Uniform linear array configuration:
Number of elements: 24
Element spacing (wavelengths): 1
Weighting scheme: blackman
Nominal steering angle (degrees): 0
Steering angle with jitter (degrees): -1.882
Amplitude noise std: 0.05
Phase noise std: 0.05

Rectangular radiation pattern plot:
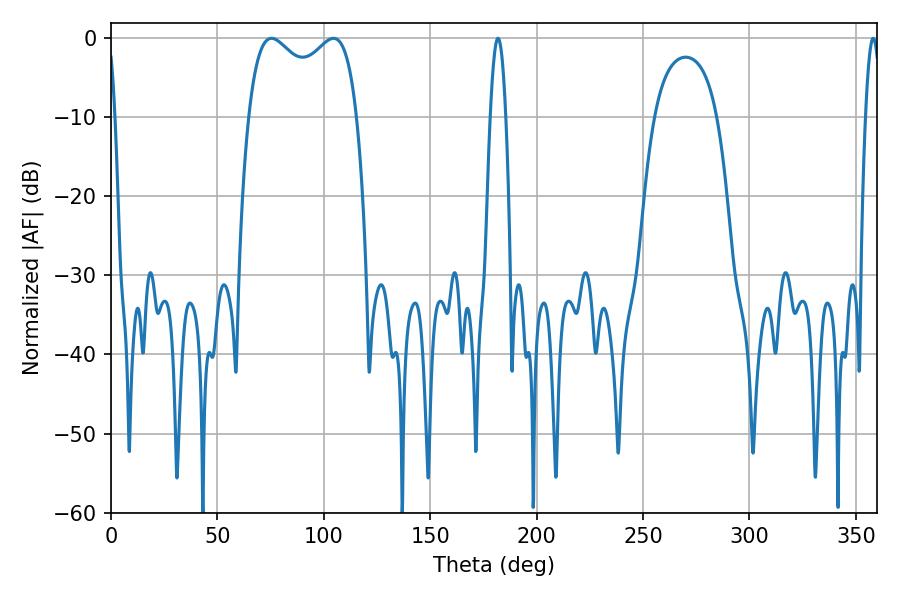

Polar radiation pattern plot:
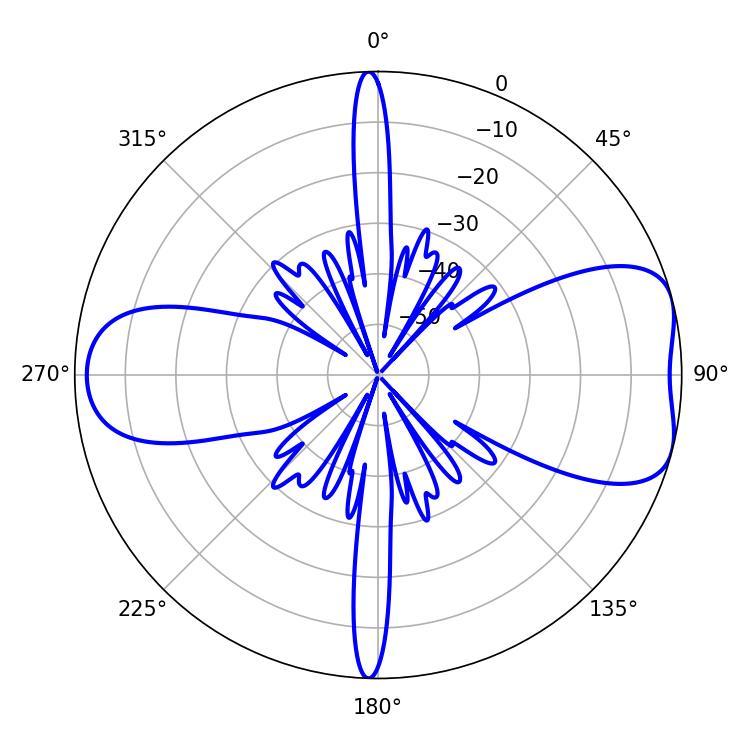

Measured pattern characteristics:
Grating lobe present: TRUE
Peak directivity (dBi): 7.024
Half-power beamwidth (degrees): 42.48
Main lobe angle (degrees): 75.42